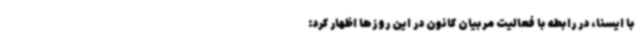
با ایسنا، در رابطه با فعالیت مربیان کانون در این روزها اظهار کرد: